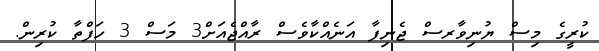
ކުރީގެ މިސް ޔުނިވާރސް ޖެނިފާ އަނެއްކާވެސް ރާއްޖެއަށް3 މަސް 3 ހަފްތާ ކުރިން.